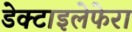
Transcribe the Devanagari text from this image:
डेक्टाइलेफेरा